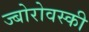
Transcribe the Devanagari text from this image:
ज्बोरोवस्की